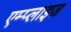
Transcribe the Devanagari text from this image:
एम्प्लाइज